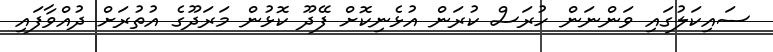
ސައިކަލުގައި ވަންނަން ހުރަސް ކުރަން އުޅެނިކޮށް ފޭދޫ ކޮޅުން މަރަދޫގެ އުތުރަށް ދުއްވާފައި